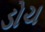
ડોચ